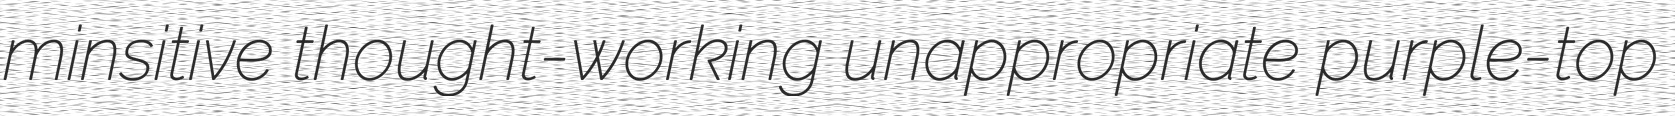
minsitive thought-working unappropriate purple-top